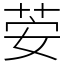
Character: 荌